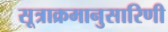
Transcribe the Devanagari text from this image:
सूत्राक्रमानुसारिणी